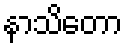
နာသိတော